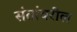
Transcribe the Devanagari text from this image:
संतांवरील